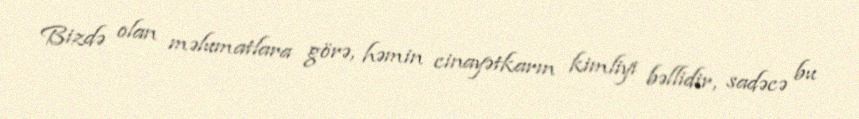
Bizdə olan məlumatlara görə, həmin cinayətkarın kimliyi bəllidir, sadəcə bu